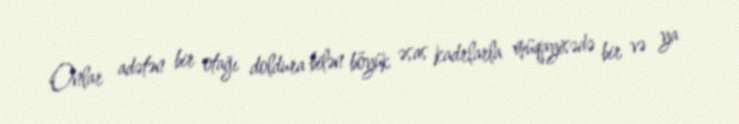
Onlar adətən bir otağı doldura bilən böyük əsas kadrlarla müqayisədə bir və ya